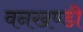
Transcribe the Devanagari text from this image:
वनखण्डी